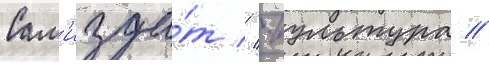
Сам'изда́т // -культура //